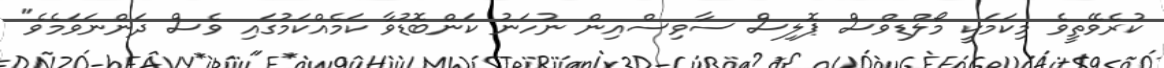
ކުރެވޭތީވެ މިކަމަކީ މޯލްޑިވްސް ޕޮލިސް ސާވިސްއިން ނުހަނު ކަންބޮޑުވާ ކަމެއްކަމުގައި ވެސް ދަންނަވަމެވެ"